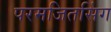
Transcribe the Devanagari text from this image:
परमजितसिंग